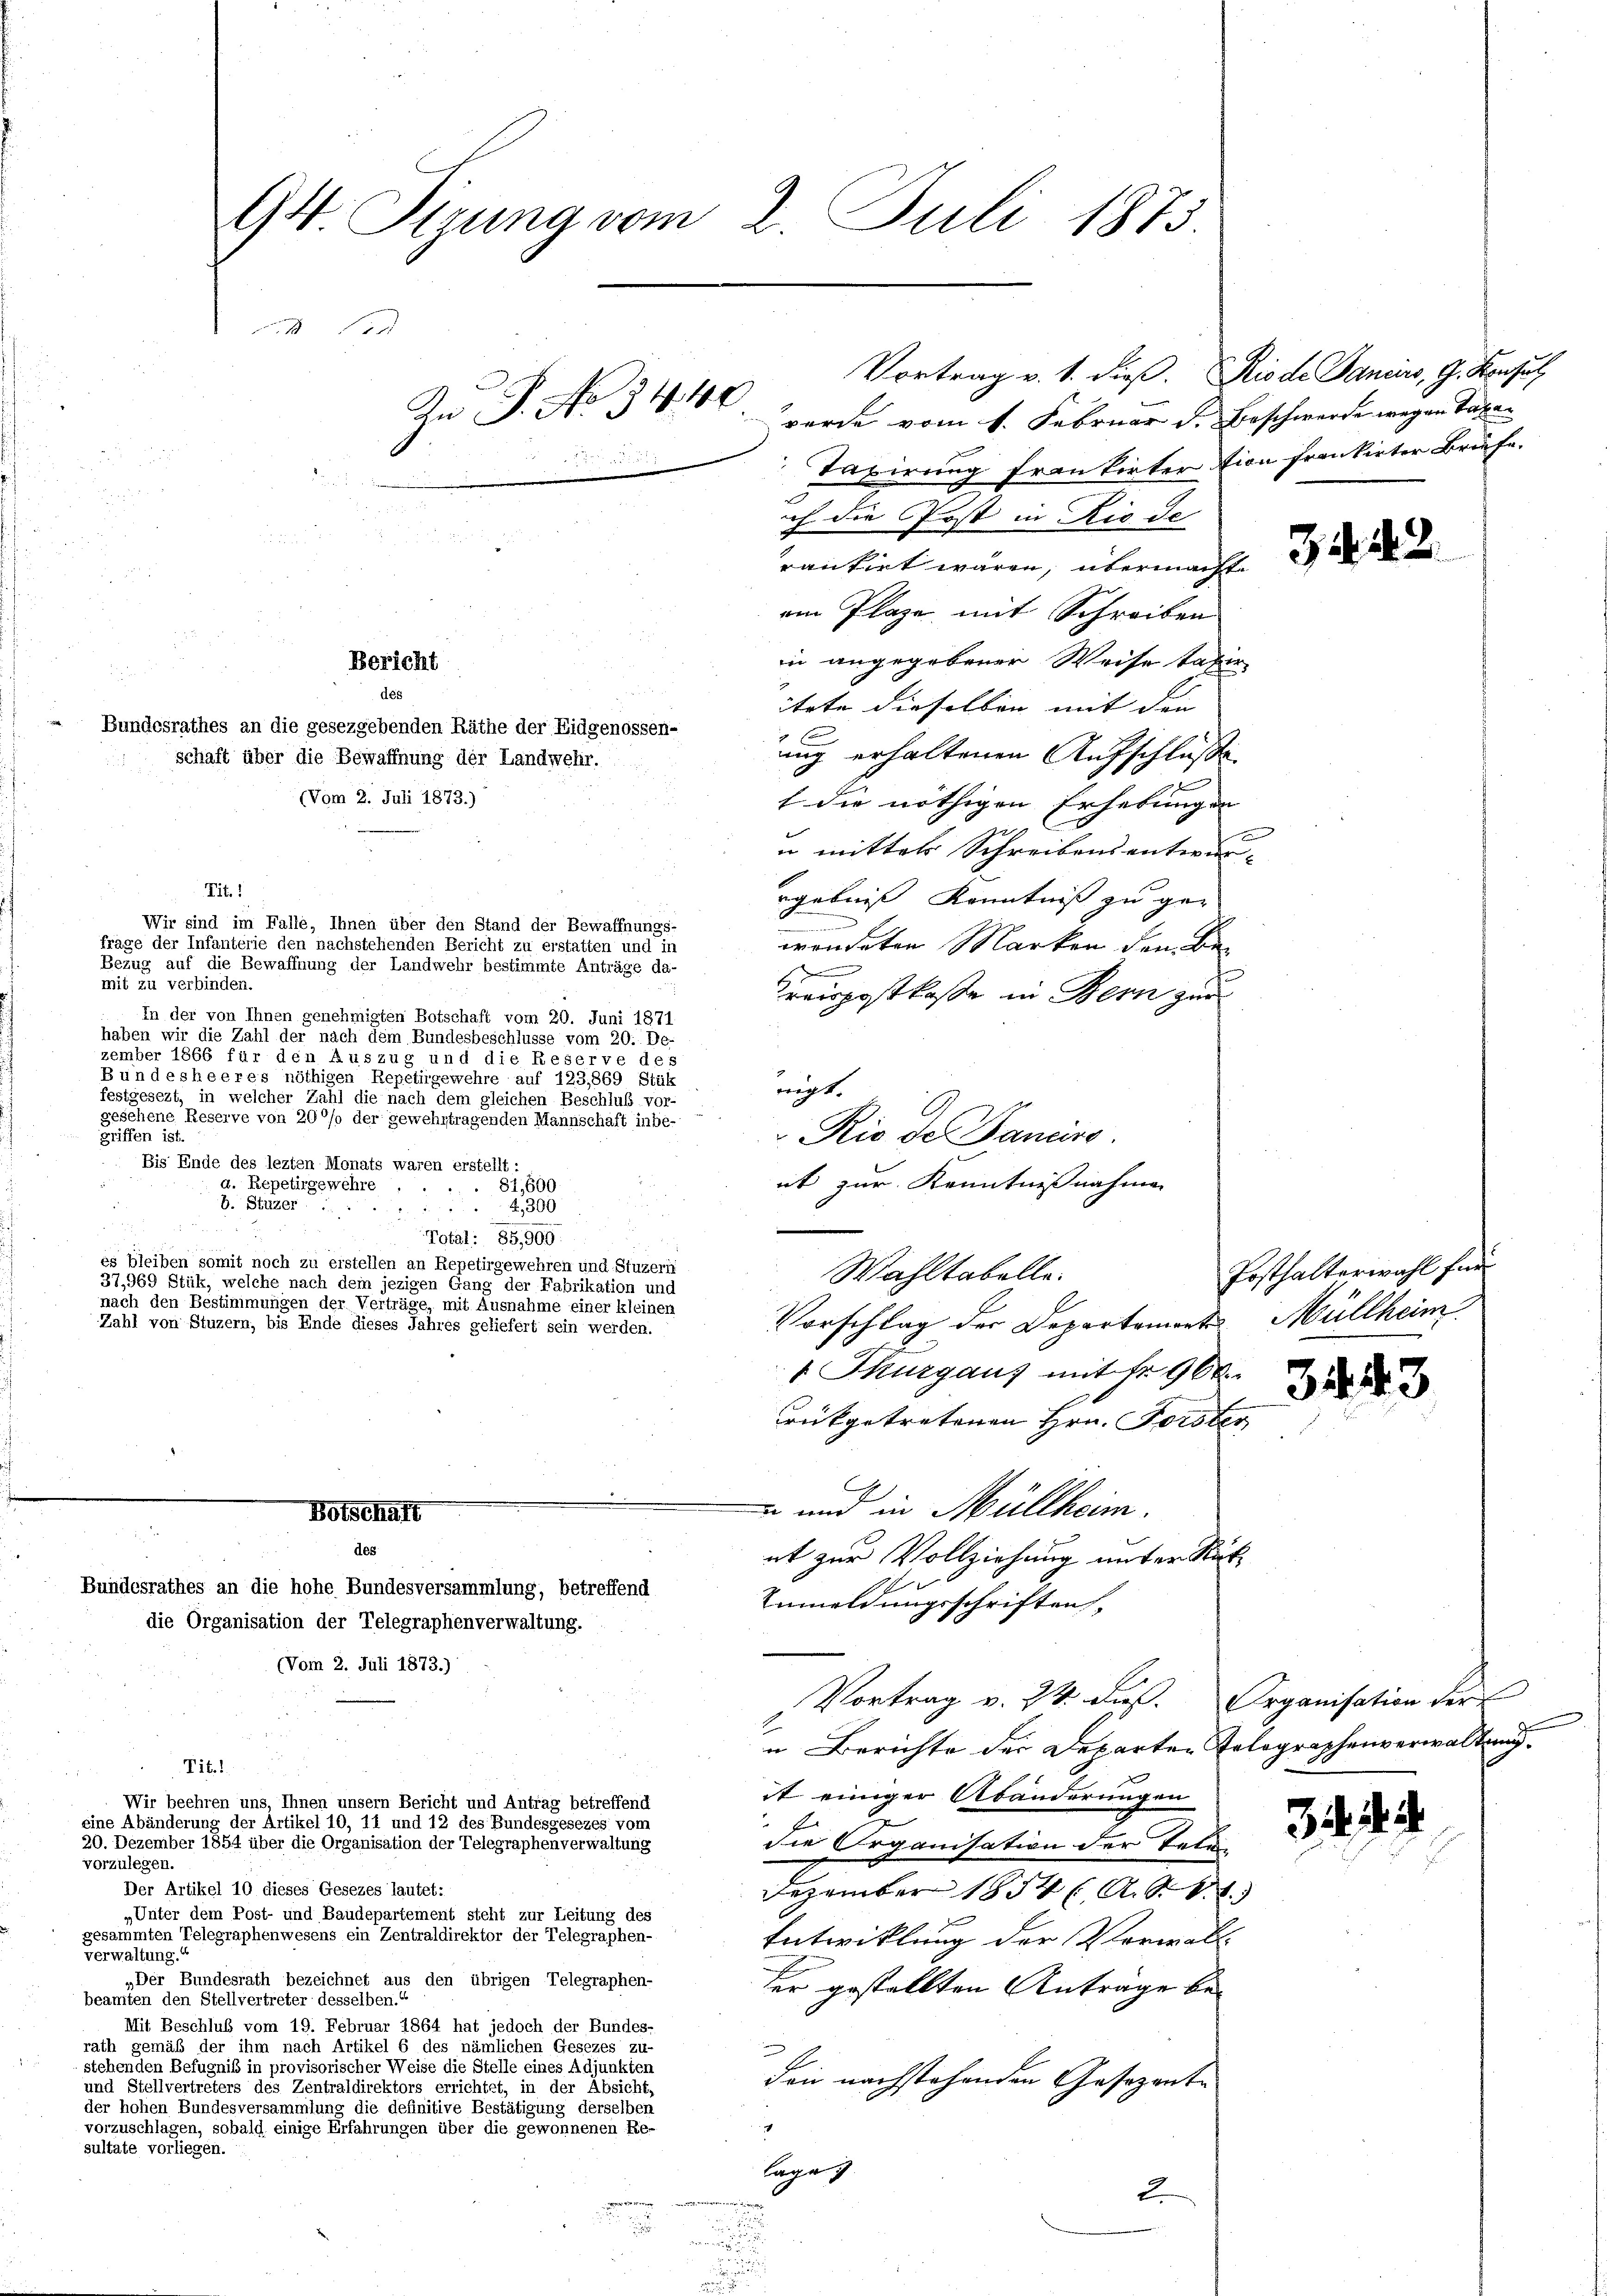
Tit. 1

dés

Wir sind im Falle, Ihnen über den Stand der Bewaffnungs-
frage der Infanterie den nachstehenden Bericht zu erstatten und in
Bezug auf die Bewaffnung der Landwehr bestimmte Anträge da-
mit zu verbinden.
In der von Ihnen genehmigten Botschaft vom 20. Juni 1871
haben wir die Zahl der nach dem Bundesbeschlusse vom 20. De-
zember 1866 für den Auszug und die Reserve des
Bundesheeres nöthigen Repetirgewehre auf 123,869 Stük
festgesezt, in welcher Zahl die nach dem gleichen Beschluß vor-
gesehene Reserve von 200fo der gewehrtragenden Mannschaft inbe-
griffen ist.
Bis Ende des lezten Monats waren erstellt:
a. Repetirgewehre .
81,600
b. Stuzer
4,300
Total: 85,900
es bleiben somit noch zu erstellen an Repetirgewehren und Stuzern
37,969 Stük, welche nach dem jezigen Gang der Fabrikation und
nach den Bestimmungen der Verträge, mit Ausnahme einer kleinen
Zahl von Stuzern, bis Ende dieses Jahres geliefert sein werden.

14 Oerung vom 2. Juli 1873.
 11
Vortrag v. 1. dieß. Rio de Daniers, G. Konsul
An P. No 34. 40
werde vom 1. Februar d. Beschwerde wegen Taten
Taxirung frankirtertion frankirter Briefe.

Bericht

Bundesrathes an die gesezgebenden Räthe der Eidgenossen-
schaft über die Bewaffnung der Landwehr.
(Vom 2. Juli 1873.)

des

Bundesrathes an die hohe Bundesversammlung, betreffend
die Organisation der Telegraphenverwaltung.
(Vom 2. Juli 1873.)

Wir beehren uns, Ihnen unsern Bericht und Antrag betreffend
eine Abänderung der Artikel 10, 11 und 12 des Bundesgesezes von
20. Dezember 1854 über die Organisation der Telegraphenverwaltung

Tit. 1
vorzulegen.
Der Artikel 10 dieses Gesezes lautet:
„Unter dem Post- und Baudepartement steht zur Leitung des
gesammten Telegraphenwesens ein Zentraldirektor der Telegraphen-
verwaltung.“
„Der Bundesrath bezeichnet aus den übrigen Telegraphen-
beamten den Stellvertreter desselben.“
Mit Beschluß vom 19. Februar 1864 hat jedoch der Bundes-
rath gemäß der ihm nach Artikel 6 des nämlichen Gesezes zu-
stehenden Befugniß in provisorischer Weise die Stelle eines Adjunkten
und Stellvertreters des Zentraldirektors errichtet, in der Absicht,
der hohen Bundesversammlung die definitive Bestätigung derselben
vorzuschlagen, sobald einige Erfahrungen über die gewonnenen Re-
sultate vorliegen.

ch die Post in Rio de
rantirt wären, übermachte a
am Plaze mit Schreiben
in angegebener Weise taxir
itete dieselben mit den |
ung erhaltenen Aufschlüße
f die nöthigen Erhebungen
un mittels Schreibensentwer-
rgebniß Kenntnis zu ge-
wendeten Marken dem Be-
e
Kreispostkasse in Bern zur
Vorschlag der Departemont Müllheim.
v Thurgau) mit fr. 960.
drükgetretenen Hrn. Forster
 und in Müllheim.
at zur Vollziehung unter Rük¬
Anmeldungsschriften,
Vortrag v. 24. dieß. Organisation der
u Berichte der Departen Tolographenverwaltung.
it einiger Abänderungen
die Organisation der Telen
Dezember 1854 ( A. S. 12.
Entwicklung der Verwalt
ser gestellten Anträge bedenn nachstehenden Gesezente
lage
2

wegt.
Rio der Panciss.
ut zur Kenntnißnahmen
Wahltabelle.

3443

34

.

Fosthalterwahl für